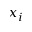
x _ { i }